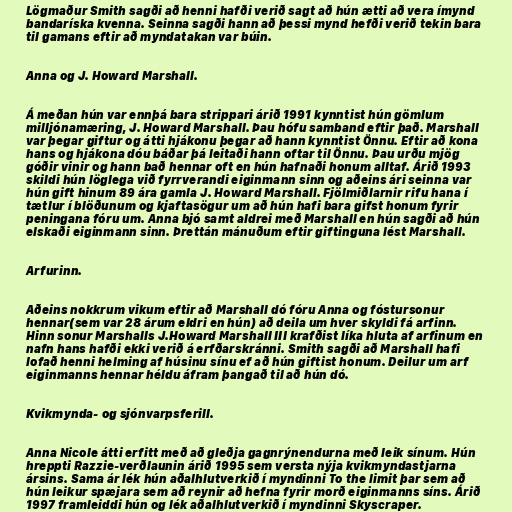
Lögmaður Smith sagði að henni hafði verið sagt að hún ætti að vera ímynd
bandaríska kvenna. Seinna sagði hann að þessi mynd hefði verið tekin bara
til gamans eftir að myndatakan var búin.

Anna og J. Howard Marshall.

Á meðan hún var ennþá bara strippari árið 1991 kynntist hún gömlum
milljónamæring, J. Howard Marshall. Þau hófu samband eftir það. Marshall
var þegar giftur og átti hjákonu þegar að hann kynntist Önnu. Eftir að kona
hans og hjákona dóu báðar þá leitaði hann oftar til Önnu. Þau urðu mjög
góðir vinir og hann bað hennar oft en hún hafnaði honum alltaf. Árið 1993
skildi hún löglega við fyrrverandi eiginmann sinn og aðeins ári seinna var
hún gift hinum 89 ára gamla J. Howard Marshall. Fjölmiðlarnir rifu hana í
tætlur í blöðunum og kjaftasögur um að hún hafi bara gifst honum fyrir
peningana fóru um. Anna bjó samt aldrei með Marshall en hún sagði að hún
elskaði eiginmann sinn. Þrettán mánuðum eftir giftinguna lést Marshall.

Arfurinn.

Aðeins nokkrum vikum eftir að Marshall dó fóru Anna og fóstursonur
hennar(sem var 28 árum eldri en hún) að deila um hver skyldi fá arfinn.
Hinn sonur Marshalls J.Howard Marshall III krafðist líka hluta af arfinum en
nafn hans hafði ekki verið á erfðarskránni. Smith sagði að Marshall hafi
lofað henni helming af húsinu sínu ef að hún giftist honum. Deilur um arf
eiginmanns hennar héldu áfram þangað til að hún dó.

Kvikmynda- og sjónvarpsferill.

Anna Nicole átti erfitt með að gleðja gagnrýnendurna með leik sínum. Hún
hreppti Razzie-verðlaunin árið 1995 sem versta nýja kvikmyndastjarna
ársins. Sama ár lék hún aðalhlutverkið í myndinni To the limit þar sem að
hún leikur spæjara sem að reynir að hefna fyrir morð eiginmanns síns. Árið
1997 framleiddi hún og lék aðalhlutverkið í myndinni Skyscraper.